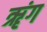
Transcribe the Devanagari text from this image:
ॠंग